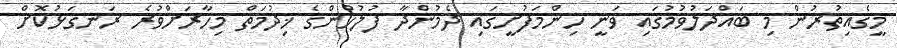
މީގެއިތުރުން މި ބައްދަލުވުމުގައި ވަނީ ހިންމަފުށީގައި ދެމުންދާ ފުލުުހުންގެ ޚިދުމަތް މިހާރަށްވުރެ ރަނގަޅުކޮށް